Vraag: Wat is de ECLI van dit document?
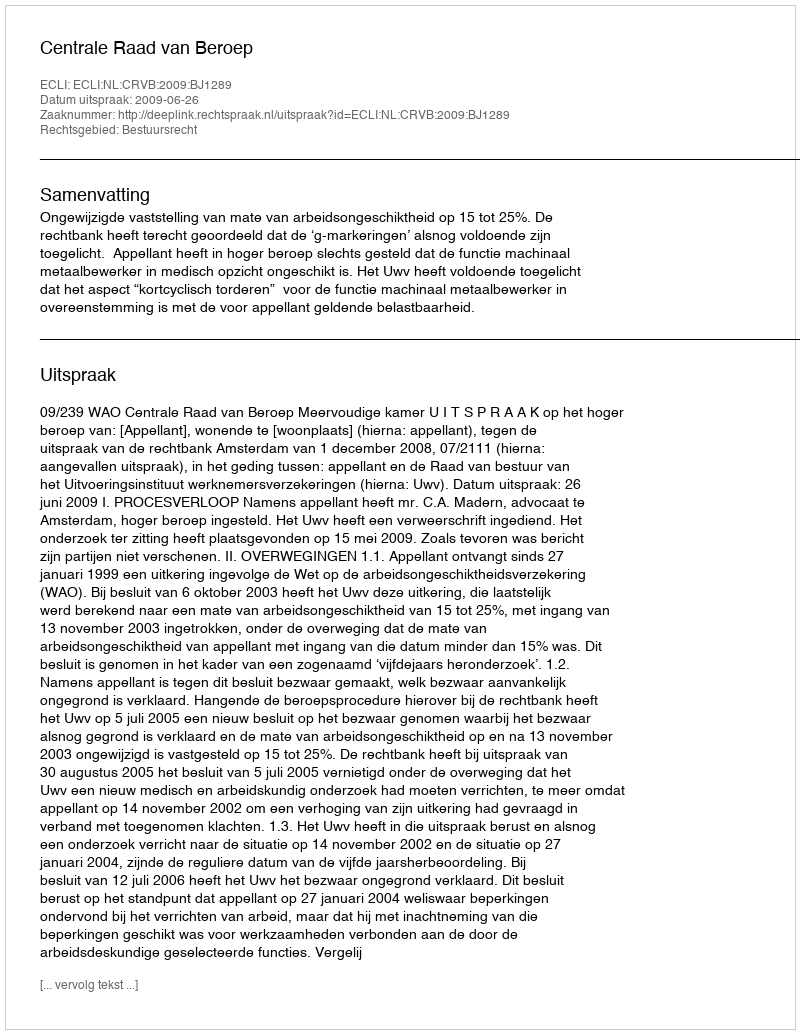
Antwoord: ECLI:NL:CRVB:2009:BJ1289